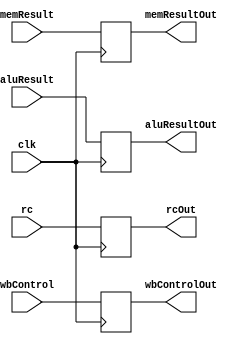
module MEM_WB(clk, wbControl, rc, aluResult, memResult, wbControlOut, rcOut, aluResultOut, memResultOut);
	input clk;
	input [1:0] wbControl;
	input [4:0] rc;
	input [31:0] aluResult, memResult;
	
	output reg [1:0] wbControlOut;
	output reg [4:0] rcOut;
	output reg [31:0] aluResultOut, memResultOut;
	
	initial begin
		wbControlOut = 0;
		rcOut = 0;
		aluResultOut = 0;
		memResultOut = 0;
	end
	
	always@(posedge clk) begin
		wbControlOut <= wbControl;
		rcOut <= rc;
		aluResultOut <= aluResult;
		memResultOut <= memResult;
	end
	
endmodule